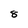
Character: 8